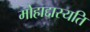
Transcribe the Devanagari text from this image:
मोहाद्दास्यति